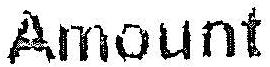
AMOUNT